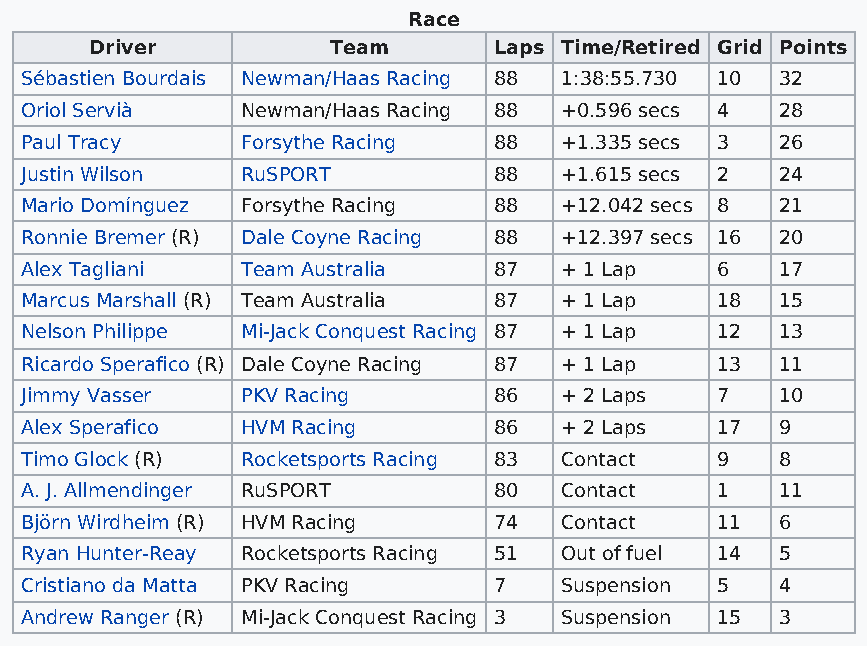
Race
 Driver          Team       Laps Time/Retired Grid Points
 Sébastien Bourdais Newman/Haas Racing 88 1:38:55.730 10 32
 Oriol Servià   Newman/Haas Racing 88 +0.596 secs 4 28
 Paul Tracy     Forsythe Racing  88  +1.335 secs 3  26
 Justin Wilson  RuSPORT          88  +1.615 secs 2  24
 Mario Domínguez Forsythe Racing 88  +12.042 secs 8 21
 Ronnie Bremer (R) Dale Coyne Racing 88 +12.397 secs 16 20
 Alex Tagliani  Team Australia   87  + 1 Lap   6    17
 Marcus Marshall (R) Team Australia 87 + 1 Lap 18   15
 Nelson Philippe Mi-Jack Conquest Racing 87 + 1 Lap 12 13
 Ricardo Sperafico (R) Dale Coyne Racing 87 + 1 Lap 13 11
 Jimmy Vasser   PKV Racing       86  + 2 Laps  7    10
 Alex Sperafico HVM Racing       86  + 2 Laps  17   9
 Timo Glock (R) Rocketsports Racing 83 Contact 9    8
 A. J. Allmendinger RuSPORT      80  Contact   1    11
 Björn Wirdheim (R) HVM Racing   74  Contact   11   6
 Ryan Hunter-Reay Rocketsports Racing 51 Out of fuel 14 5
 Cristiano da Matta PKV Racing   7   Suspension 5   4
 Andrew Ranger (R) Mi-Jack Conquest Racing 3 Suspension 15 3